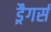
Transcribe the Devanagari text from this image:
ड्रैगर्स